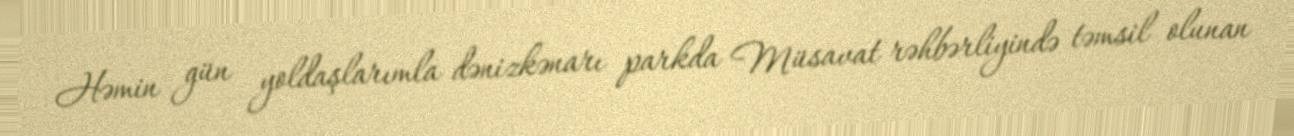
Həmin gün yoldaşlarımla dənizkənarı parkda Müsavat rəhbərliyində təmsil olunan